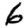
Digit: 6